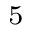
_ 5